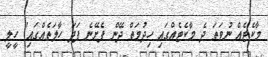
މާކެޓެއް ނުވަތަ ދެ މާކެޓެއްގައި ހިދުމަތް ދޭން ފެށޭނެ ފަދަ ހާލަތެއްގައި" ހީލީ